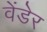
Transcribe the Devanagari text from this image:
वेंडेर